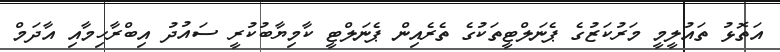
އަތޮޅު ތައުލީމީ މަރުކަޒުގެ ޕެނަލްޓީތަކުގެ ތެރެއިން ޕެނަލްޓީ ކާމިޔާބުކުރީ ސައުދު އިބްރާހިމާއި އާދަމް